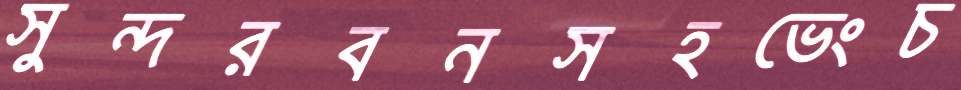
সুন্দরবনসহভেংচ